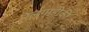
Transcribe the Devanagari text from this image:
रेलगाड़ीकी